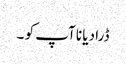
ڈرا دیا نا آپ کو ۔